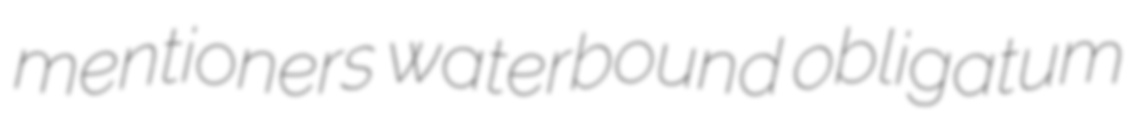
mentioners waterbound obligatum